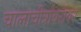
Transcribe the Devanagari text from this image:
चालाचीत्रांबरोबर